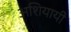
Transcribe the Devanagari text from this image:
अशियायी